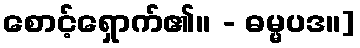
စောင့်ရှောက်၏။ - ဓမ္မပဒ။]